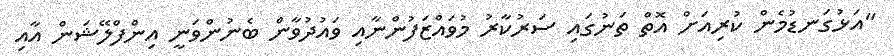
"އަޅުގަނޑުމެން ކުރިއަށް އޮތް ތަނުގައި ސަރުކާރު މުވައްޒަފުންނާއި ވައުދުވާން ބެނުންވަނީ އިންފްލޭޝަން އާއި